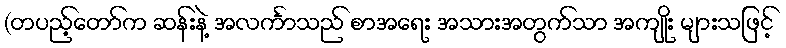
(တပည့်တော်က ဆန်းနဲ့ အလင်္ကာသည် စာအရေး အသားအတွက်သာ အကျိုး များသဖြင့်